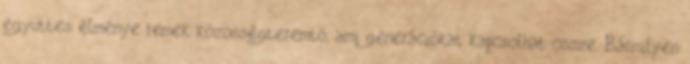
együttes élménye remek közösségteremtő, ami generációkat kapcsolhat össze. Bármilyen